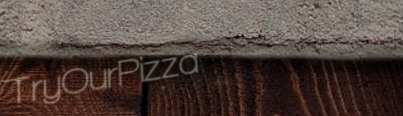
TryOurPizza